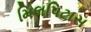
મિલપિટાસ